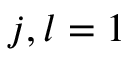
j , l = 1